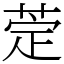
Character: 萣